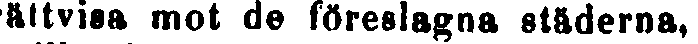
rättvisa mot de föreslagna städerna,